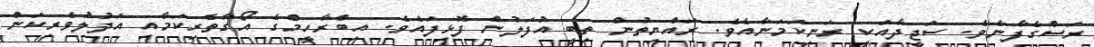
ރަސްގެފާނެވެ. ސަޖީދާއަކީ ރަނިކަމަނާއެވެ. ރައްޔިތުން ތިބީ އުފަލުން ފޮޅިފައެވެ. އިބްރާހީމްގެ އޯގާތެރިކަމާއި އަދުލުވެރިކަން